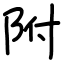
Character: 附